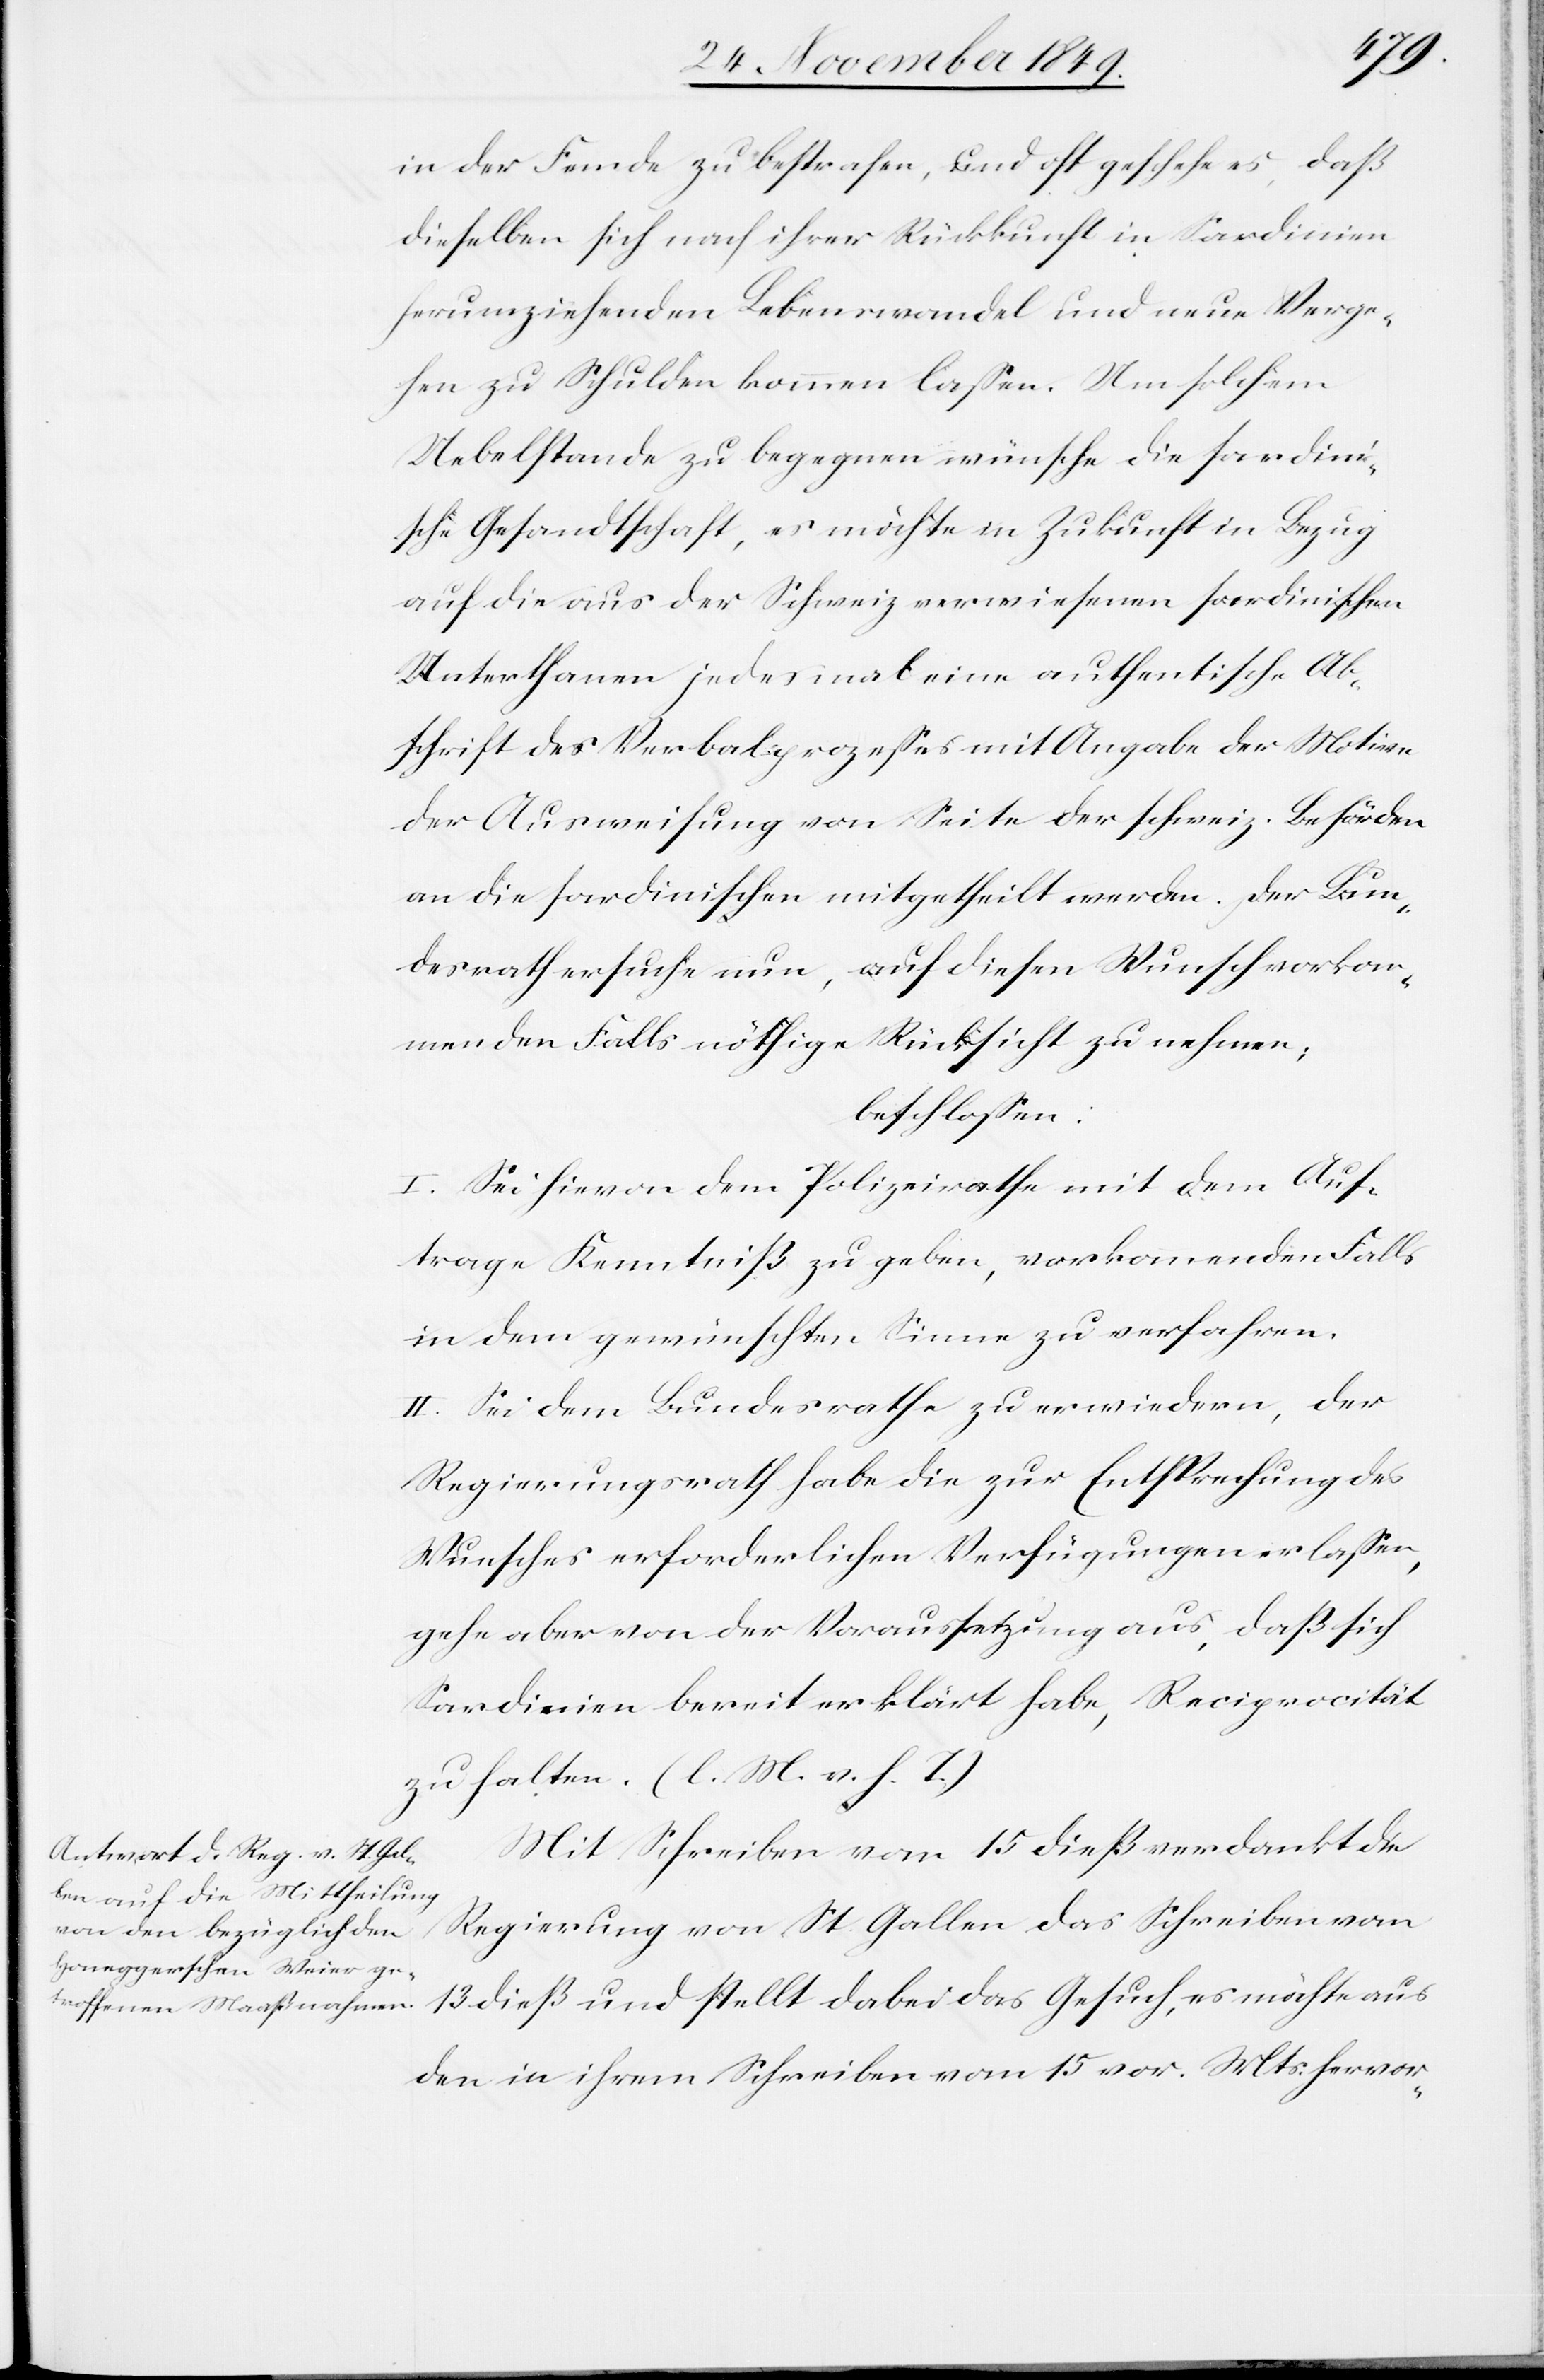
in der Fremde zu bestrafen, und oft geschehe es, daß
dieselben sich nach ihrer Rückkunft in Sardinien
herumziehenden Lebenswandel und neue Verge¬
hen zu Schulden kommen laßen. Um solchem
Uebelstande zu begegnen wünsche die sardini¬
sche Gesandtschaft, es möchte in Zukunft in Bezug
auf die aus der Schweiz verwiesenen sardinischen
Unterhanen jedesmal eine authentische Ab¬
schrift des Verbalprozeßes mit Angabe der Motive
der Ausweisung von Seite der schweiz. Behörden
an die sardinischen mitgetheilt werden. Der Bun¬
desrath ersuche nun, auf diesen Wunsch vorkom¬
menden Falls nöthige Rücksicht zu nehmen;
beschloßen:
I. Sei hievon dem Polizeirathe mit dem Auf¬
trage Kenntniß zu geben, vorkommenden Falls
in dem gewünschten Sinne zu verfahren.
II. Sei dem Bundesrathe zu erwiedern, der
Regierungsrath habe die zur Entsprechung des
Wunsches erforderlichen Verfügungen erlaßen,
gehe aber von der Voraussetzung aus, daß sich
Sardinien bereit erklärt habe, Reciprocität
zu halten. [l. M. v. h. T]
Mit Schreiben vom 15 dieß verdankt die
Regierung von St. Gallen das Schreiben vom
13 dieß und stellt dabei das Gesuch, es möchte aus
den in ihrem Schreiben vom 15 vor. Mts. hervor-